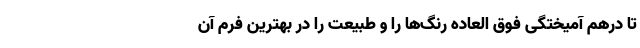
تا درهم آمیختگی فوق العاده رنگ‌ها را و طبیعت را در بهترین فرم آن